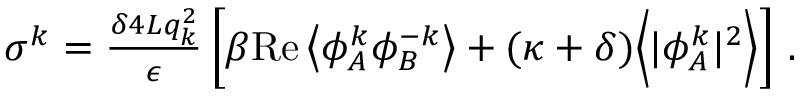
\begin{array} { r } { \sigma ^ { k } = \frac { \delta 4 L q _ { k } ^ { 2 } } { \epsilon } \left[ \beta \mathrm { R e } \left\langle { \phi } _ { A } ^ { k } { \phi } _ { B } ^ { - k } \right\rangle + ( \kappa + \delta ) \Big \langle \vert { \phi } _ { A } ^ { k } \vert ^ { 2 } \Big \rangle \right] \, . } \end{array}